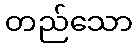
တည်သော